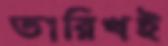
তারিখই